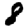
Digit: 8